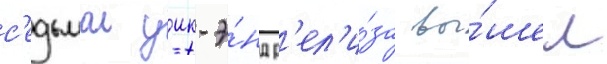
с'едьмои уик-э́нд р'ел'и́за вы́шел